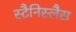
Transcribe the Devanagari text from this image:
स्टैनिस्लैस